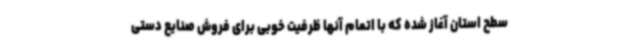
سطح استان آغاز شده که با اتمام آنها ظرفیت خوبی برای فروش صنایع دستی